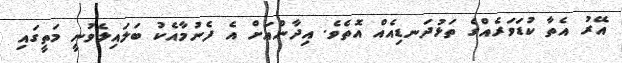
އޭރު އެތާ ކުޑަވަރެއްގެ ތަޅުދަނޑިއެއް އޮތެވެ. އިދާންއަށް އެ ފެނުމާއެކު ބަލައިލެވުނީ މަތީގައި